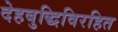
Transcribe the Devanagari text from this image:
देहबुद्धिविरहित